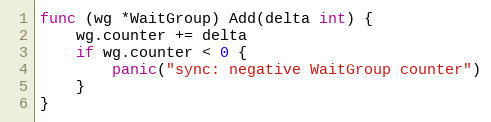
Language: Go
func (wg *WaitGroup) Add(delta int) {
	wg.counter += delta
	if wg.counter < 0 {
		panic("sync: negative WaitGroup counter")
	}
}